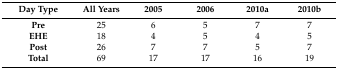
<table><thead><tr><td><b>Day Type</b></td><td><b>All Years</b></td><td><b>2005</b></td><td><b>2006</b></td><td><b>2010a</b></td><td><b>2010b</b></td></tr></thead><tbody><tr><td><b>Pre</b></td><td>25</td><td>6</td><td>5</td><td>7</td><td>7</td></tr><tr><td><b>EHE</b></td><td>18</td><td>4</td><td>5</td><td>4</td><td>5</td></tr><tr><td><b>Post</b></td><td>26</td><td>7</td><td>7</td><td>5</td><td>7</td></tr><tr><td><b>Total</b></td><td>69</td><td>17</td><td>17</td><td>16</td><td>19</td></tr></tbody></table>